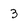
Character: 3